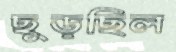
ছুড়ছিল